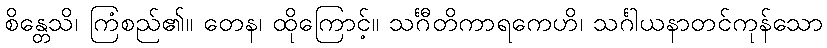
စိန္တေသိ၊ ကြံစည်၏။ တေန၊ ထိုကြောင့်။ သင်္ဂီတိကာရကေဟိ၊ သင်္ဂါယနာတင်ကုန်သော